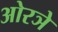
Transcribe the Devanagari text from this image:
ओरञे